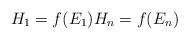
LaTeX: \begin{align*}H_1 = f(E_1) H_n = f(E_n) \end{align*}